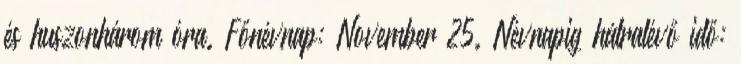
és huszonhárom óra. Főnévnap: November 25. Névnapig hátralévő idő: